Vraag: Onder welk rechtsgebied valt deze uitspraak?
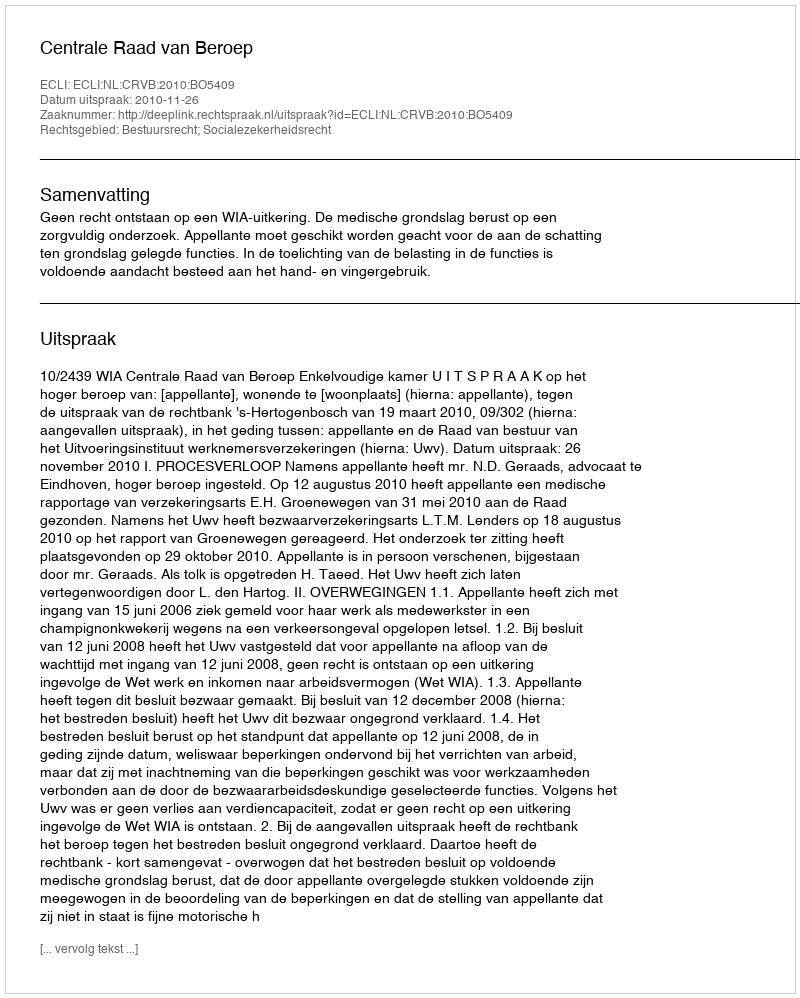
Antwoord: Bestuursrecht; Socialezekerheidsrecht